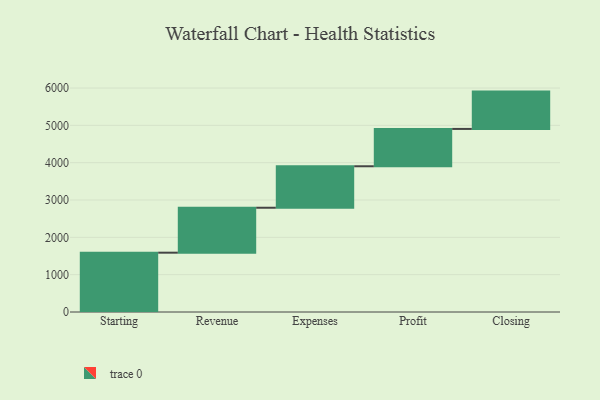
{"axis": {"x": "Step", "y": "Value"}, "legend": [""], "data": [{"x": "Starting", "y": 1589.0, "type": ""}, {"x": "Revenue", "y": 1204.0, "type": ""}, {"x": "Expenses", "y": 1111.0, "type": ""}, {"x": "Profit", "y": 1000, "type": ""}, {"x": "Closing", "y": 1000, "type": ""}]}